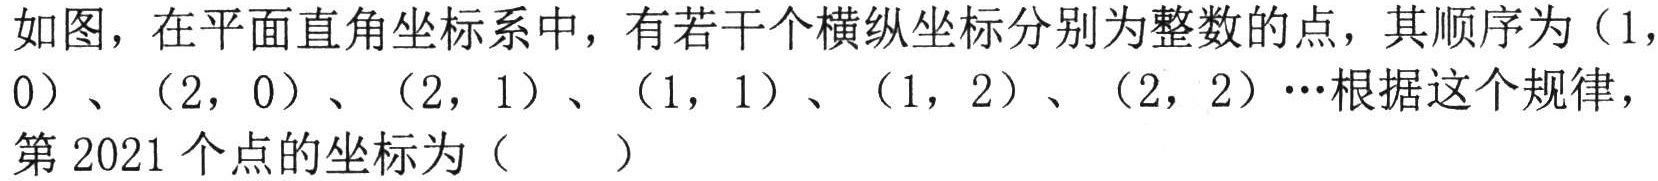
如图，在平面直角坐标系中，有若干个横纵坐标分别为整数的点，其顺序为（1，0）、（2，0）、（2，1）、（1，1）、（1，2）、（2，2）…根据这个规律，第2021个点的坐标为（  ）